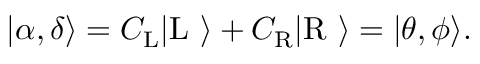
\begin{array} { r } { | \alpha , \delta \rangle = C _ { \mathrm { L } } | \mathrm { L } \ \rangle + C _ { \mathrm { R } } | \mathrm { R } \ \rangle = | \theta , \phi \rangle . } \end{array}